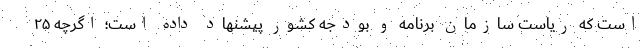
است که ریاست سازمان برنامه و بودجه کشور پیشنهاد داده است؛ اگرچه ۲۵